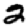
Digit: 2